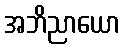
အဘိညာယော